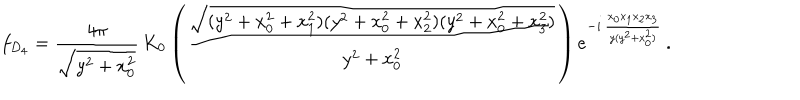
LaTeX: f _ { D _ { 4 } } = \frac { 4 \pi } { \sqrt { y ^ { 2 } + x _ { 0 } ^ { 2 } } } \, K _ { 0 } \left( \frac { \sqrt { ( y ^ { 2 } + x _ { 0 } ^ { 2 } + x _ { 1 } ^ { 2 } ) ( y ^ { 2 } + x _ { 0 } ^ { 2 } + x _ { 2 } ^ { 2 } ) ( y ^ { 2 } + x _ { 0 } ^ { 2 } + x _ { 3 } ^ { 2 } ) } } { y ^ { 2 } + x _ { 0 } ^ { 2 } } \right) e ^ { - i \, \frac { x _ { 0 } x _ { 1 } x _ { 2 } x _ { 3 } } { y ( y ^ { 2 } + x _ { 0 } ^ { 2 } ) } } \, .